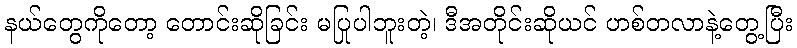
နယ်တွေကိုတော့ တောင်းဆိုခြင်း မပြုပါဘူးတဲ့၊ ဒီအတိုင်းဆိုယင် ဟစ်တလာနဲ့တွေ့ပြီး